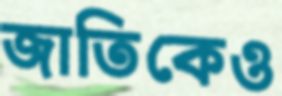
জাতিকেও